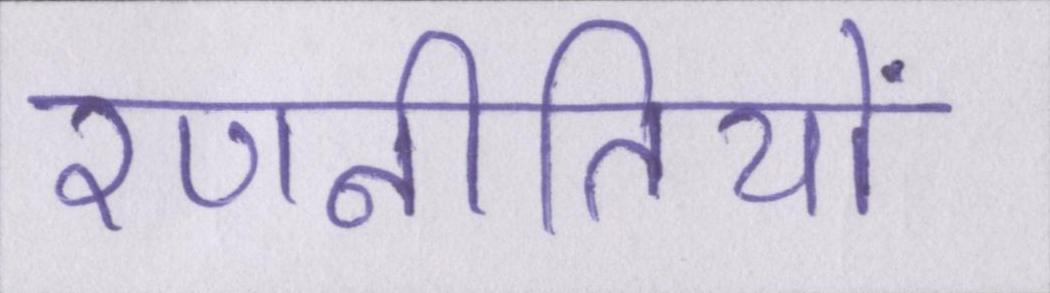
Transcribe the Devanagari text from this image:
रणनीतियों